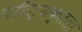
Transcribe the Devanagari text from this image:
परित्यक्तता